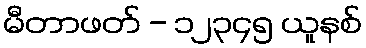
မီတာဖတ် - ၁၂၃၄၅ ယူနစ်